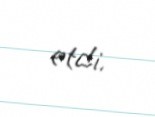
etdi.